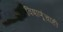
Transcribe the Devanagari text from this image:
विषाणूंचाही